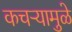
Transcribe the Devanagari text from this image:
कचऱ्यामुळे